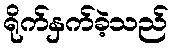
ရိုက်နှက်ခဲ့သည်